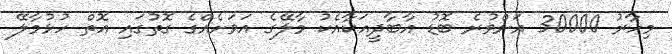
މިހާރު 30000 އަށްވުރެ ބޮޑު އާބާދީއަކާއެކު މާލޭގެ އަވަށެއްގެ ގޮތުގައި އޮތް ހުޅުމާލޭ